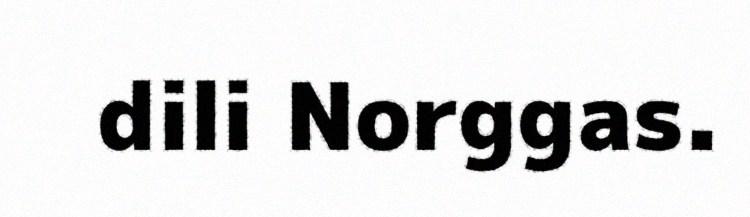
dili Norggas.